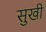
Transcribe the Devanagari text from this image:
सुखी